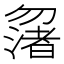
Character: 𠤆